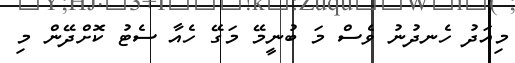
މިއަދު ހެނދުނު ވެސް މަ ބުނީމޭ މަގޭ ހެއާ ސެޓު ކޮށްދޭން މި